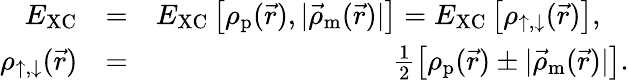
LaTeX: \begin{array}{rlr}{E_{\mathrm{XC}}}&{=}&{E_{\mathrm{XC}}\left[\rho_{\textrm{p}}(\vec{r}),|\vec{\rho}_{\textrm{m}}(\vec{r})|\right]=E_{\mathrm{XC}}\left[\rho_{\uparrow,\downarrow}(\vec{r})\right],\quad}\\ {\rho_{\uparrow,\downarrow}(\vec{r})}&{=}&{\frac{1}{2}\left[\rho_{\textrm{p}}(\vec{r})\pm|\vec{\rho}_{\textrm{m}}(\vec{r})|\right].}\end{array}